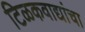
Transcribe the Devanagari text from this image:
टिळकवाद्यांचा